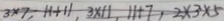
3 \times 7 , 1 1 + 1 1 , 3 \times 1 1 , 1 1 + 7 , 2 \times 3 \times 5